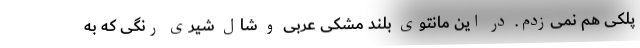
پلکی هم نمی‌زدم. در این مانتوی بلند مشکی عربی و شال شیری رنگی که به